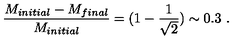
{ \frac { M _ { i n i t i a l } - M _ { f i n a l } } { M _ { i n i t i a l } } } = ( 1 - { \frac { 1 } { \sqrt { 2 } } } ) \sim 0 . 3 \ .